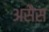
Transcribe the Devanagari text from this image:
असैस